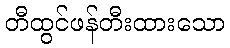
တီထွင်ဖန်တီးထားသော